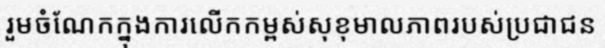
រួមចំណែកក្នុងការលើកកម្ពស់សុខុមាលភាពរបស់ប្រជាជន